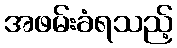
အဖမ်းခံရသည့်